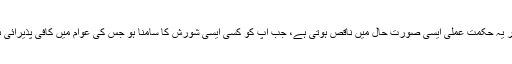
اور یہ حکمت عملی ایسی صورت حال میں ناقص ہوتی ہے، جب آپ کو کسی ایسی شورش کا سامنا ہو جس کی عوام میں کافی پذیرائی ہو۔